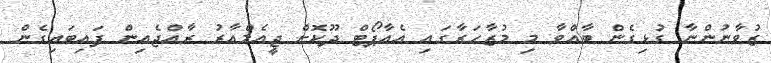
ޒުވާނުންނާ ގުޅިގެން ބާއްވާ މި މުޒާހަރާގައި އެއާޕޯޓް ދޫކޮށް ޖީއެމްއާރު ރާއްޖެއިން ފައިބައިގެން